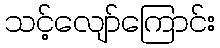
သင့်လျော်ကြောင်း